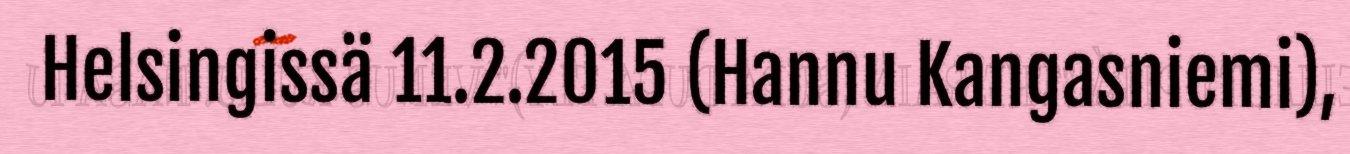
Helsingissä 11.2.2015 (Hannu Kangasniemi),